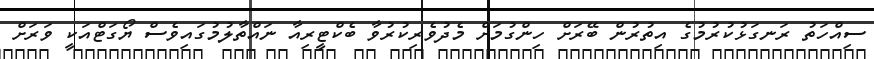
ސިއްހަތު ރަނގަޅުކުރުމުގެ އިތުރުން ބޭރަށް ހިންގުމަށް މެދުވެރިކުރުވާ ބެކްޓީރިއާ ނައްތާލުމުގައިވެސް ޔޯގަޓްއަކީ ވަރަށް